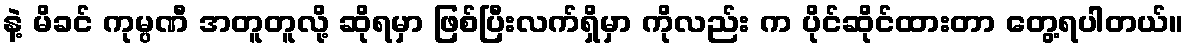
နဲ့ မိခင် ကုမ္ပဏီ အတူတူလို့ ဆိုရမှာ ဖြစ်ပြီးလက်ရှိမှာ ကိုလည်း က ပိုင်ဆိုင်ထားတာ တွေ့ရပါတယ်။